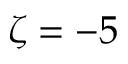
\zeta = - 5